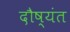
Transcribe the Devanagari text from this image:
दौष्यंत